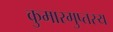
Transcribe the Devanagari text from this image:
कुमारगुप्तस्य